Trukikaitis_Postimees, lk 71
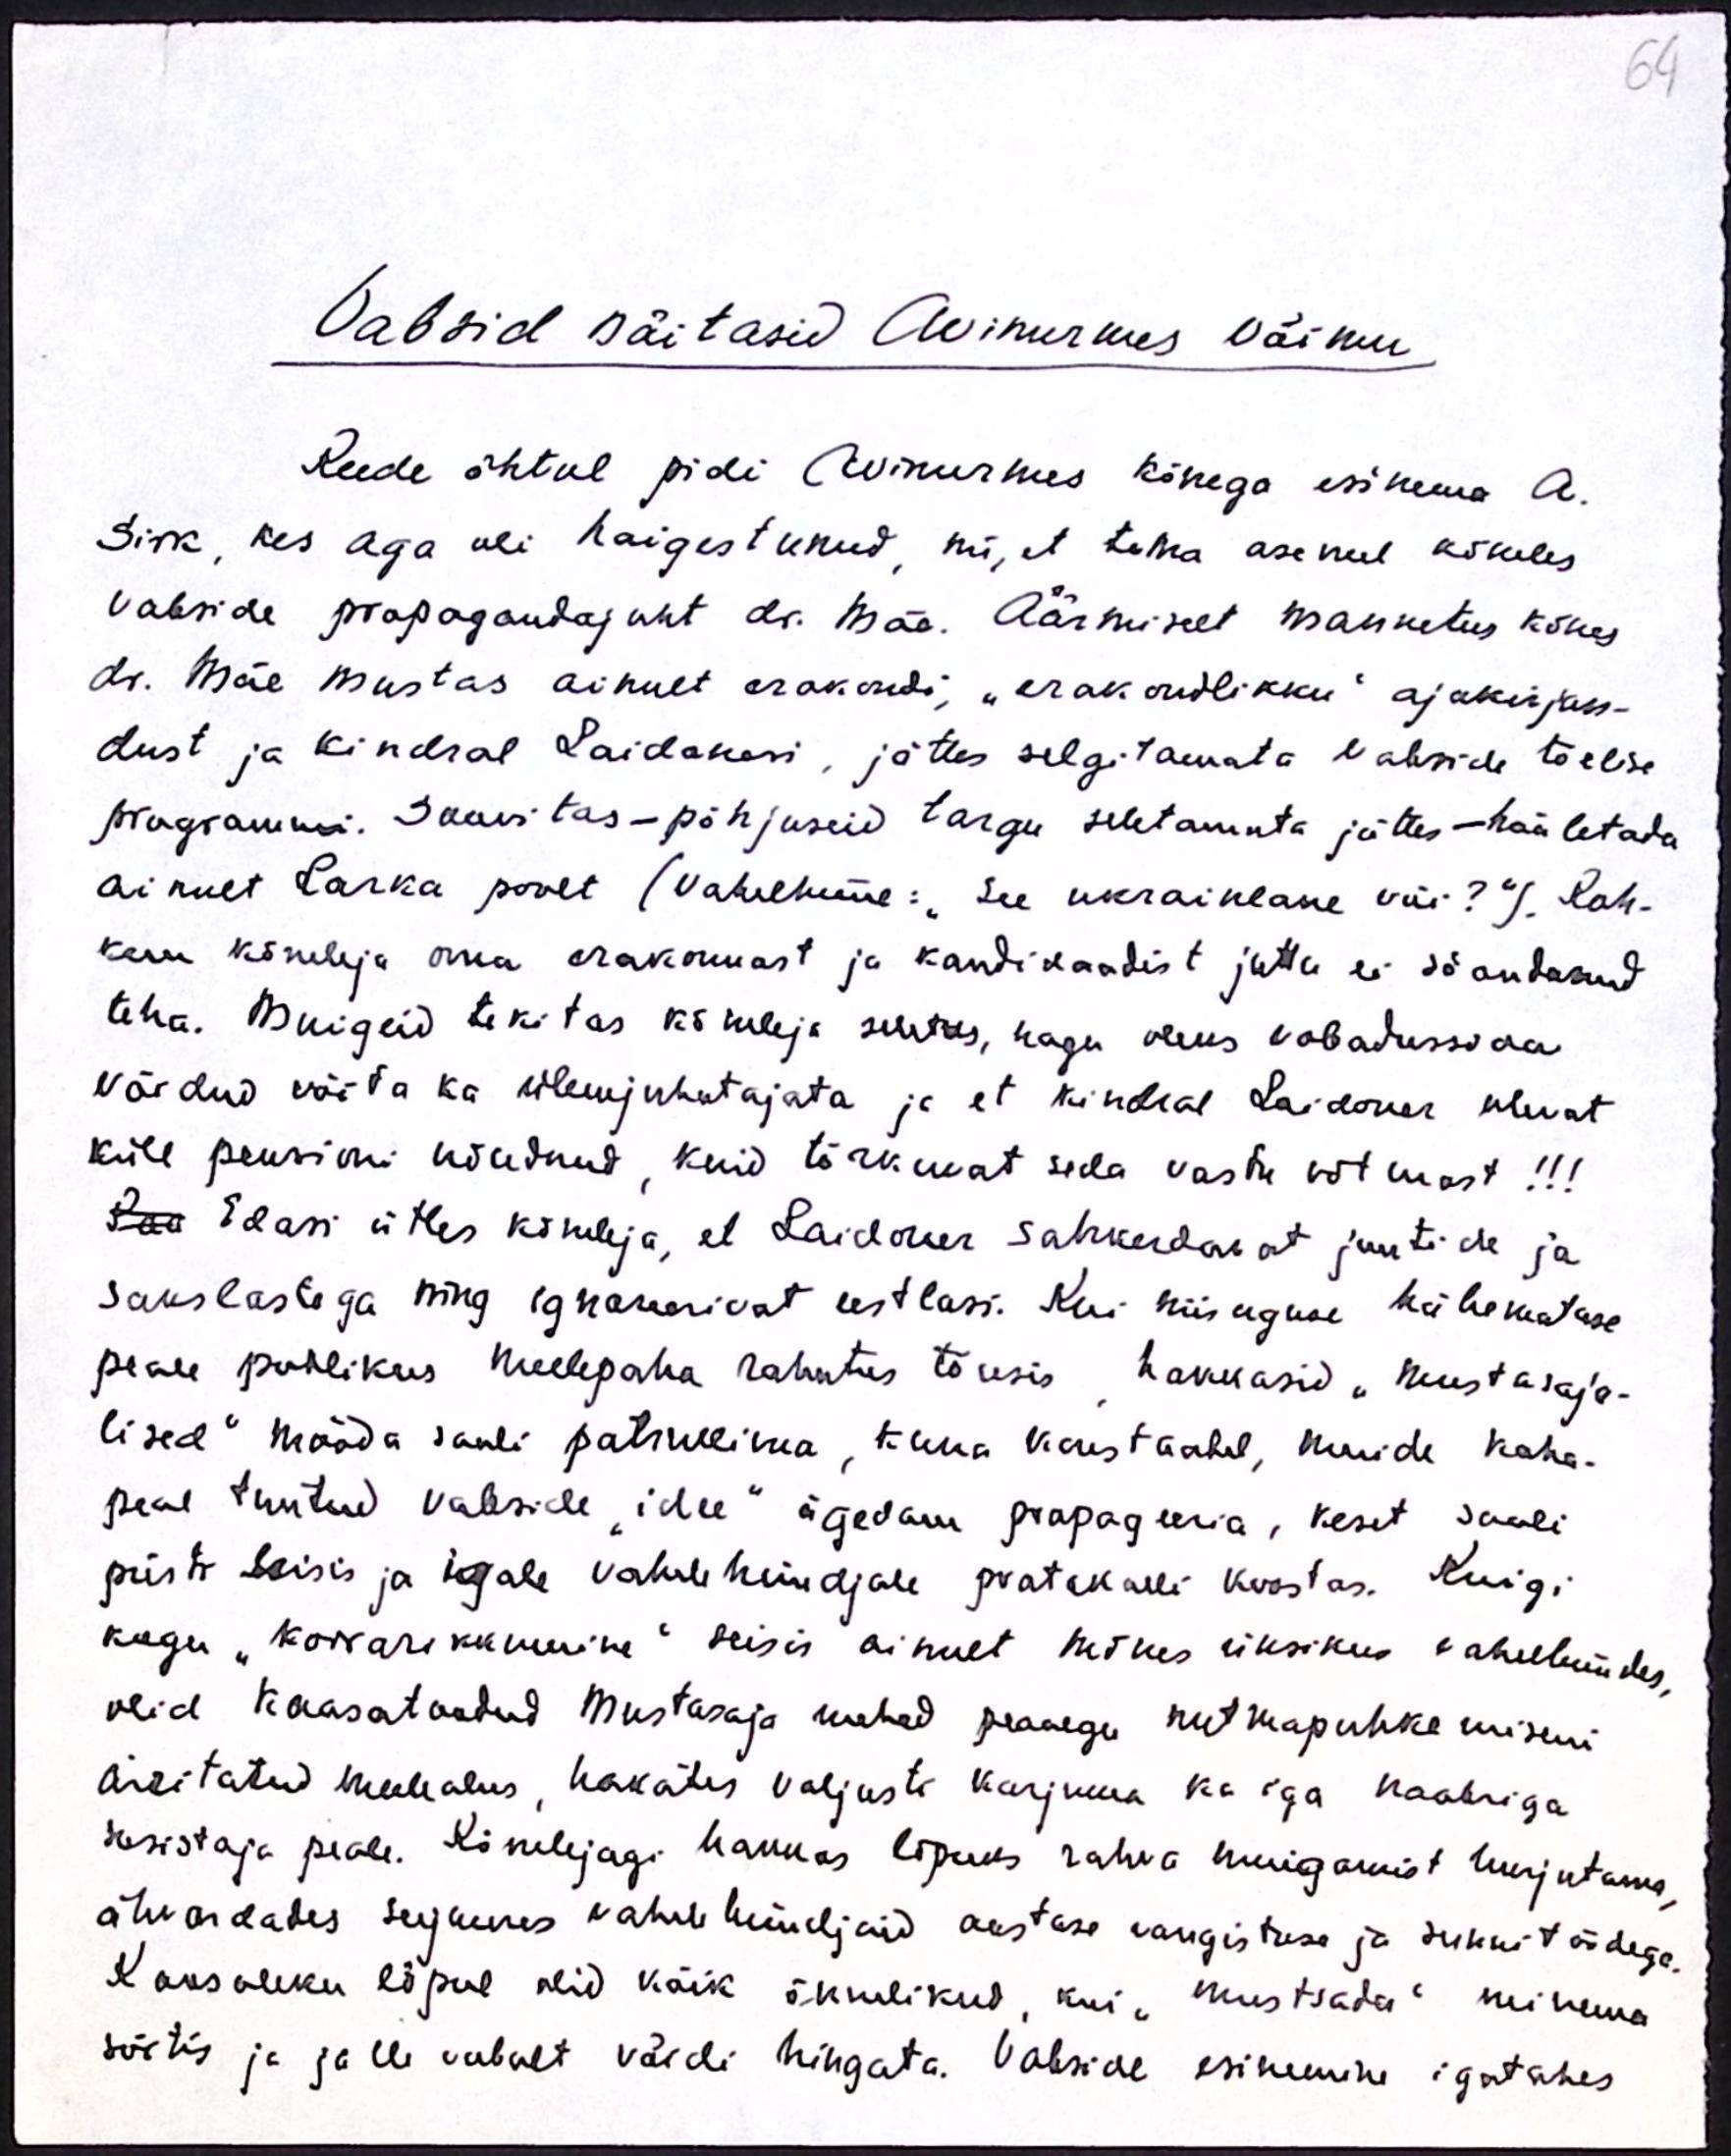
64

Vabsid näitasid Avinurmes võimu
Reede õhtul pidi Avinurmes kõnega esinema A.
Sirk, kes aga oli haigestunud, nii, et tema asemel kõneles
vabside propagandajuht dr. Mäe. Äärmiselt mannetus kõnes
dr. Mäe mustas ainult erakondi, "erakondlikku" ajakirjan-
dust ja kindral Laidoneri, jättes selgitamata vabside tõelise
programmi. Soovitas - põhjuseid targu seletamata jättes - hääletada
ainult Larka poolt (Vahelhüüe: "See ukrainlane või?“) Roh-
kem kõneleja oma erakonnast ja kandidaadist juttu ei söandanud
teha. Muigeid tekitas kõneleja seletus, nagu oleks vabadussõda
võidud võita ka ülemjuhatajata ja et kindral Laidoner olevat
küll pensioni nõudnud, kuid tõrkuvat seda vastu võtmast!!!
Edasi ütles kõneleja, et Laidoner sahkerdavat juutide ja
Sakslastega ning ignoreerivat eestlasi. Kui niisuguse häbematuse
peale publikus meelepaha rahutus tõusis hakkasid "mustasaja-
lised" mööda saali patrullima, kuna konstaabel, muide koha-
peal tuntud vabside "idee" ägedam propageeria, keset saali
püsti seisis ja igale vahelehüüdjale protokolli koostas. Kuigi
kogu "korrarikkumine" seisis ainult mõnes üksikus vahelehüüdes,
olid kaasatoodud Mustasaja mehed peaaegu nutmapuhkemiseni
ärritatud meeleolus, hakates valjusti karjuma ka iga naabriga
sosistaja peale. Kõnelejagi hakkas lõpuks rahva muigamist hurjutama,
ähvardades seejuures vahele hüüdjaid aastase vangistuse ja sunnitöödega.
Koosoleku lõpul olid kõik õnnelikud, kui "Mustsada" minema
sõitis ja jälle vabalt võidi hingata. Vabside esinemine igatahes